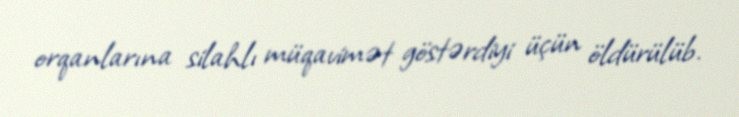
orqanlarına silahlı müqavimət göstərdiyi üçün öldürülüb.